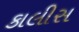
કાલીસ